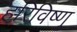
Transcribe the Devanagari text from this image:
हरिविष्णु